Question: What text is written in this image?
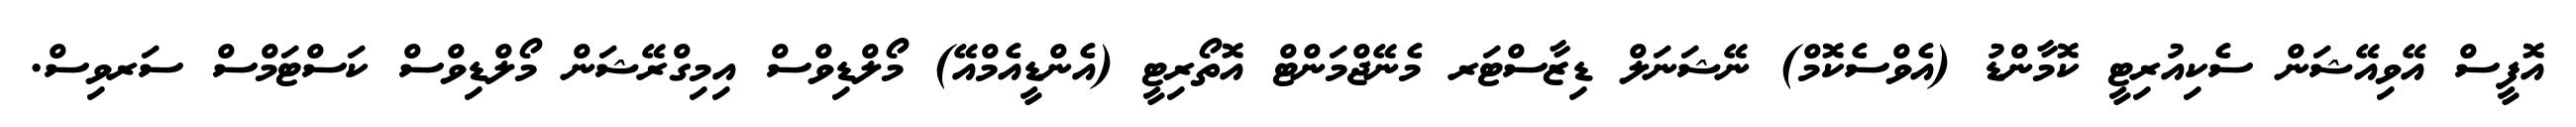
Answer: އޮފީސް އޭވިއޭޝަން ސެކިއުރިޓީ ކޮމާންޑު (އެވްސެކޮމް) ނޭޝަނަލް ޑިޒާސްޓަރ މެނޭޖްމަންޓް އޮތޯރިޓީ (އެންޑީއެމްއޭ) މޯލްޑިވްސް އިމިގްރޭޝަން މޯލްޑިވްސް ކަސްޓަމްސް ސަރވިސް.